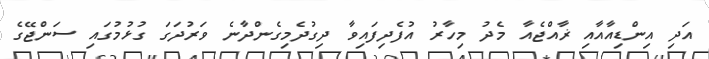
އަދި އިންޑިއާއާއި ޜާއްޖެއާ މެދު މިހާރު އުފެދިފައިވާ ދިގުދެމިގެންދާނެ ވަރުދަގަ ގުޅުމުގައި ސަންޖޭގެ